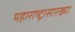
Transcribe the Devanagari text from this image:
महाराष्ट्रासारख्‍या